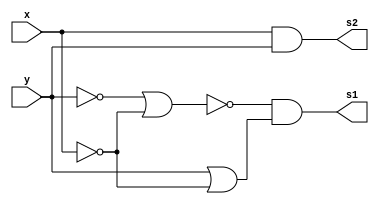
// ---------------------
// TRUTH TABLE
// Nome: marcos antonio lommez Candido Ribeiro
// 27/08/2022
// ---------------------
// ---------------------
// -- expression (y'+x')'.(y+x') = x.y
// ---------------------

module fxyz (output s1, output s2, input x, y);
    assign s1 = ~(~y | ~x) & (y | ~x);
    assign s2 = x & y;
endmodule // fxyz


// ---------------------
// -- test_module
// ---------------------
module test_module;
    reg x, y;
    wire s1, s2;

    // instancias
    fxyz FXYZ1 (s1, s2, x, y);
    
    // valores iniciais
    initial 
        begin: start
            x=1'bx; // indefinidos
            y=1'bx; // indefinidos
        end

    // parte principal
    initial 
        begin: main
            // identificacao
            $display("Ex02e - Marcos Antonio Lommez - 771157");
            $display(" ");

            // monitoramento
            $display(" x | y =  (y'+x')'.(y+x') = x.y");
            $monitor("%2b |%2b =         %2b       = %2b", x, y, s1, s2);
            
            // sinalizacao
            #1 x=0; y=0;
            #1 x=0; y=1;
            #1 x=1; y=0;
            #1 x=1; y=1;
        end
endmodule // test_module